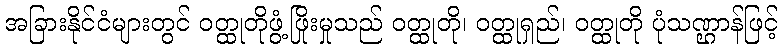
အခြားနိုင်ငံများတွင် ဝတ္ထုတိုဖွံ့ဖြိုးမှုသည် ဝတ္ထုတို၊ ဝတ္ထုရှည်၊ ဝတ္ထုတို ပုံသဏ္ဌာန်ဖြင့်